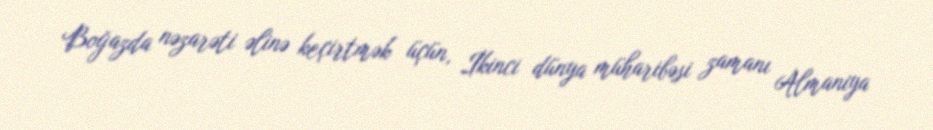
Boğazda nəzarəti əlinə keçirtmək üçün, İkinci dünya müharibəsi zamanı Almaniya